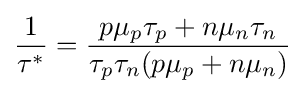
{\frac {1}{\tau ^{*}}}={\frac {p\mu _{p}\tau _{p}+n\mu _{n}\tau _{n}}{\tau _{p}\tau _{n}(p\mu _{p}+n\mu _{n})}}